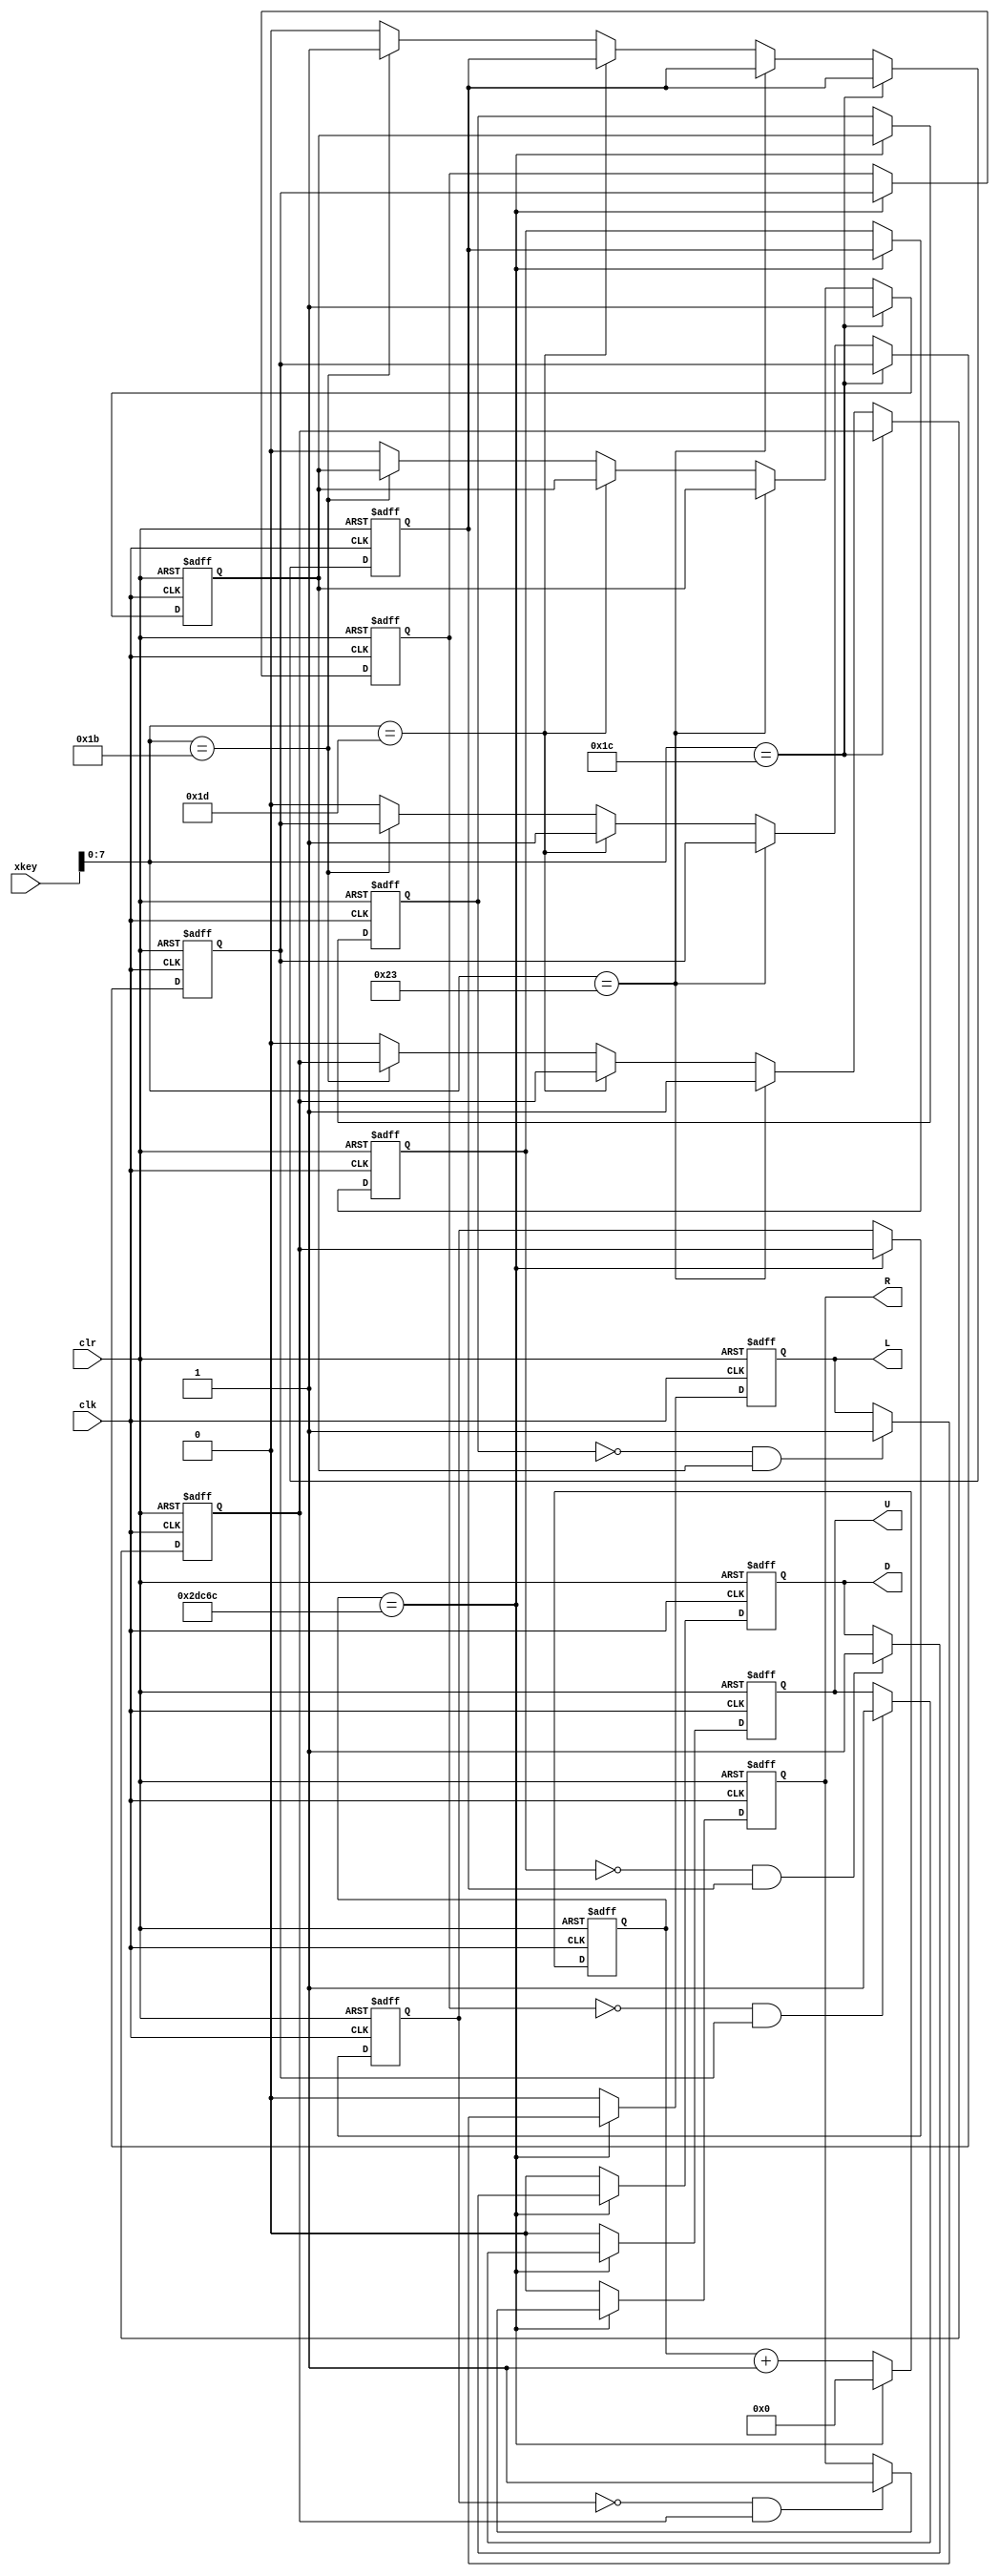
`timescale 1ns / 1ps
//////////////////////////////////////////////////////////////////////////////////
// Company: 
// Engineer: 
// 
// Design Name: 
// Module Name: db
// Project Name: 
// Target Devices: 
// Tool Versions: 
// Description: 
// 
// Dependencies: 
// 
// Revision:
// Revision 0.01 - File Created
// Additional Comments:
// 
//////////////////////////////////////////////////////////////////////////////////


module db(
    input clk,
	input clr,
    input [15:0] xkey,
	
	output reg L,
	output reg R,
	output reg U,
	output reg D
);
 
	reg [31:0]clk_cnt;
	reg L_last,left;
	reg R_last,right;
	reg U_last,up;
	reg D_last,down;
	
	always@(posedge clk or posedge clr) begin
	   if (clr) begin
	       left <=0;
	       right <=0;
	       up <=0;
	       down <=0;
	   end
	   else if ((xkey[7:0])==8'b0001_1100)begin
	       left <= 1;
	       end
	   else if ((xkey[7:0])==8'b0010_0011)begin
	       right <= 1;
	       end
	   else if ((xkey[7:0])==8'b0001_1101)begin
	       up <= 1;
	       end
	   else if ((xkey[7:0])==8'b0001_1011)begin
	       down <= 1;
	       end
	   else begin
	       left <=0;
	       right <=0;
	       up <=0;
	       down <=0;     
	       end    
	end
	
	always@(posedge clk or posedge clr) begin
		if(clr) begin
			clk_cnt <= 0;
			L <= 0;
			U <= 0;
			D <= 0;
			R <= 0;
					
			L_last <= 0;
			U_last <= 0;
			D_last <= 0;
			R_last <= 0;					
		end	
		else begin
			if(clk_cnt ==187500) begin //5_000000
				clk_cnt <= 0;
				L_last <= left;
				R_last <= right;
				U_last <= up;
				D_last <= down;
					
				if(L_last == 0 && left == 1) 
					L <= 1;
				if(R_last == 0 && right == 1)
					R <= 1;
				if(U_last == 0 && up == 1)
					U <= 1;
				if(D_last == 0 && down == 1)
					D <= 1;
			end						
			else begin
				clk_cnt <= clk_cnt + 1;
				L <= 0;
				R <= 0;
				U <= 0;
				D <= 0;
			end
		end	
	end				
endmodule